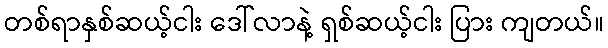
တစ်ရာနှစ်ဆယ့်ငါး ဒေါ်လာနဲ့ ရှစ်ဆယ့်ငါး ပြား ကျတယ်။